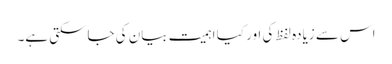
اس سے زیادہ لفظ کی اور کیا اہمیت بیان کی جاسکتی ہے۔